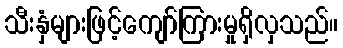
သီးနှံများဖြင့်ကျော်ကြားမှုရှိလှသည်။